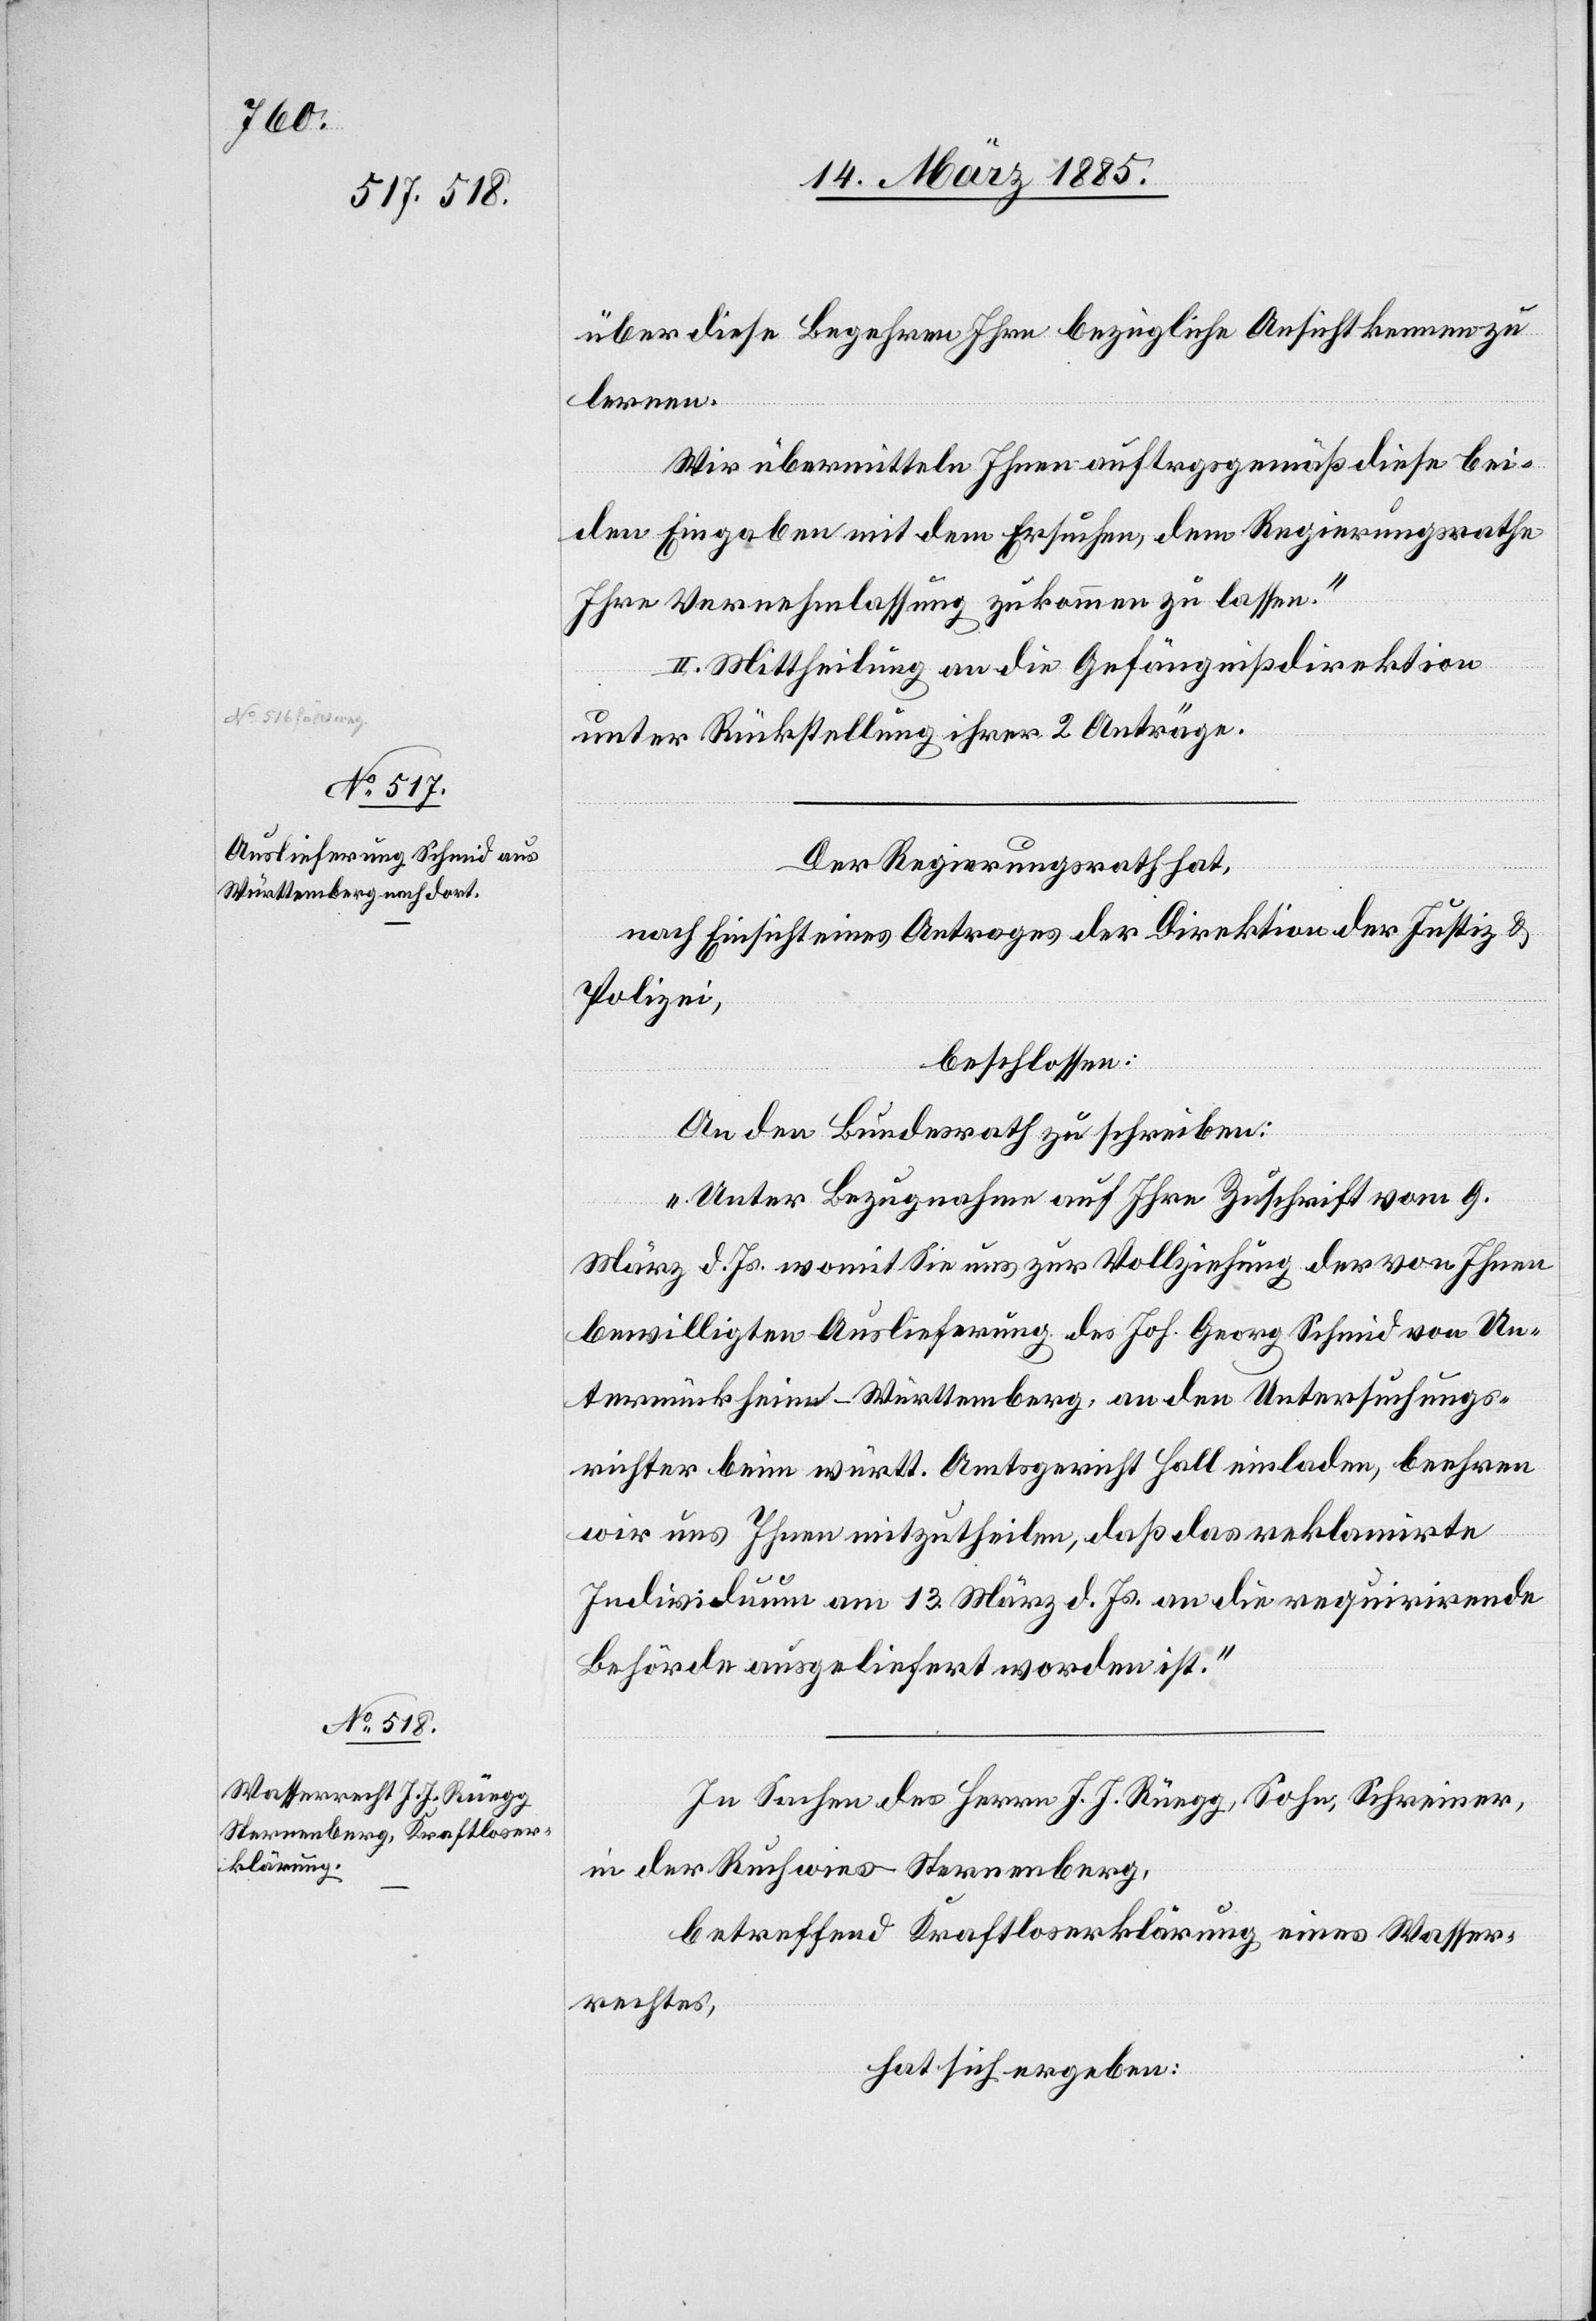
über diese Begehren Ihre bezügliche Ansicht kennen zu
lernen.
Wir übermitteln Ihnen auftragsgemäß diese bei¬
den Eingaben mit dem Ersuchen, dem Regierungsrathe
Ihre Vernehmlassung zukommen zu lassen.“
II. Mittheilung an die Gefängnißdirektion
unter Rückstellung ihrer 2. Anträge.
Der Regierungsrath hat,
nach Einsicht eines Antrages der Direktion der Justiz &
Polizei,
beschossen:
An den Bundesrath zu schreiben:
„Unter Bezugnahme auf Ihre Zuschrift vom 9.
März d. Js. womit Sie uns zur Vollziehung der von Ihnen
bewilligten Auslieferung des Joh. Georg Schmid von Un¬
termückheim - Württemberg, an den Untersuchungs¬
richter beim württ. Amtsgericht Hall einladen, beehren
wir uns Ihnen mitzutheilen, daß das reklamirte
Individuum am 13. März d. Js. an die requirirende
Behörde ausgeliefert worden ist.“
In Sachen des Herren J. J. Rüegg, Sohn, Schreiner,
in der Ruchwies - Sternenberg,
betreffend Kraftloserklärung eines Wasser¬
rechtes,
hat sich ergeben: